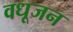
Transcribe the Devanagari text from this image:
वधूजन